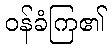
ဝန်ခံကြ၏